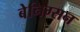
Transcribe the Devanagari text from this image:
बेनिग्सन